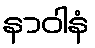
နာဝါနံ